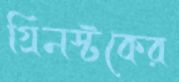
গ্রিনস্টকের